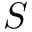
S